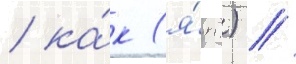
/ ка́к (я́п.) //